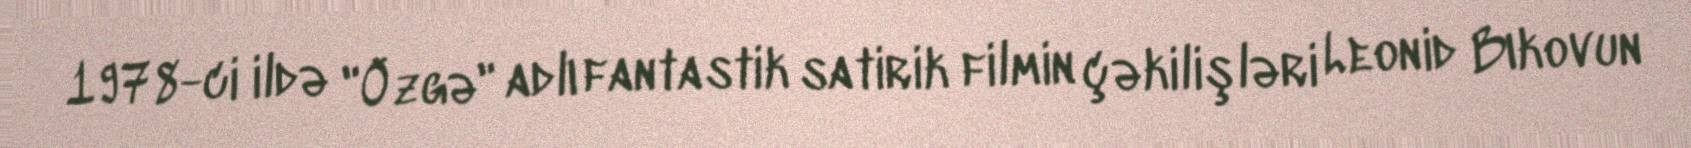
1978-ci ildə "Özgə" adlı fantastik satirik filmin çəkilişləri Leonid Bıkovun